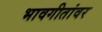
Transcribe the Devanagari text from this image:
भावगीतांवर